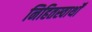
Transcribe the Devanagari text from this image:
निहितस्वार्थों